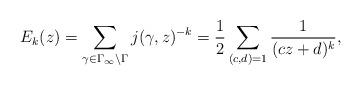
LaTeX: \begin{align*} E_k(z) = \sum_{\gamma \in \Gamma_{\infty} \backslash \Gamma} j(\gamma, z)^{-k} = \frac12 \sum_{(c,d) =1} \frac{1}{(cz + d)^k},\end{align*}